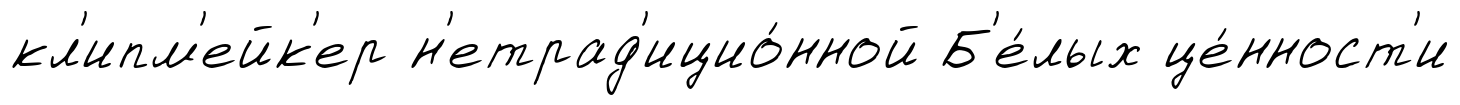
кл'ипм'ейк'ер н'етрад'ицио́нной Б'е́лых це́нност'и